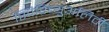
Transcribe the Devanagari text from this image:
स्पिरिच्युअलिटी